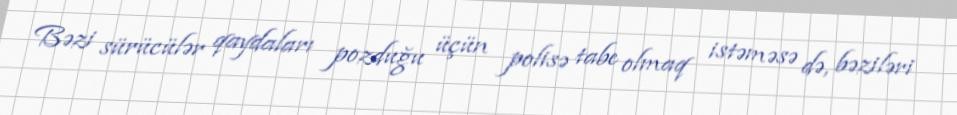
Bəzi sürücülər qaydaları pozduğu üçün polisə tabe olmaq istəməsə də, bəziləri